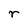
Character: r